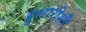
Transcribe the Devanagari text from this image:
हुशारीशी